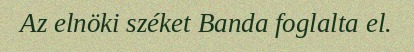
Az elnöki széket Banda foglalta el.